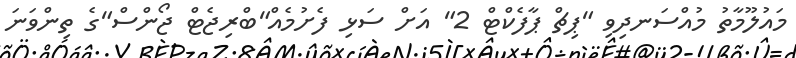
މައުލޫމާތު މުއްސަނދިވި "ޕިޗް ޕާފެކްޓް 2" އަށް ސަޅި ފެށުމެއް"ބްރިޖެޓް ޖޯންސް"ގެ ތިންވަނަ